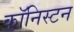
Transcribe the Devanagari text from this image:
कॉनिस्टन